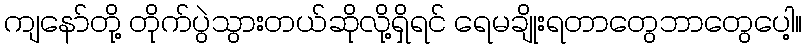
ကျနော်တို့ တိုက်ပွဲသွားတယ်ဆိုလို့ရှိရင် ရေမချိုးရတာတွေဘာတွေပေါ့။